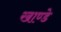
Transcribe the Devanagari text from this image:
खाण्डे